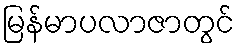
မြန်မာပလာဇာတွင်